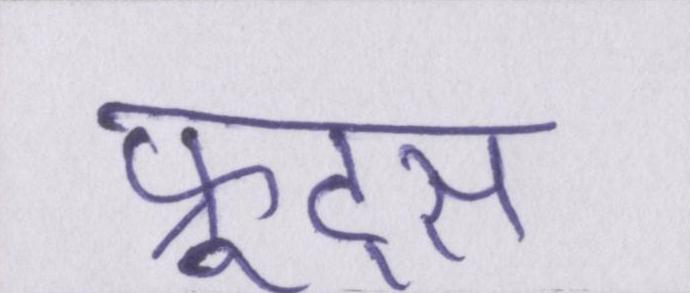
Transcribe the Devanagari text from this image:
फ्रूट्स